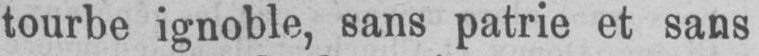
tourbe ignoble, sans patrie et sans